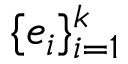
\{ e _ { i } \} _ { i = 1 } ^ { k }